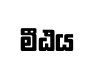
මීඨය